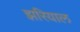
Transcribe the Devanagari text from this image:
झरियाल